342_HS1-416511228_319.1 Flying Discs 1949
Agency: Department of War
Incident date: 1/9/50
Page 114
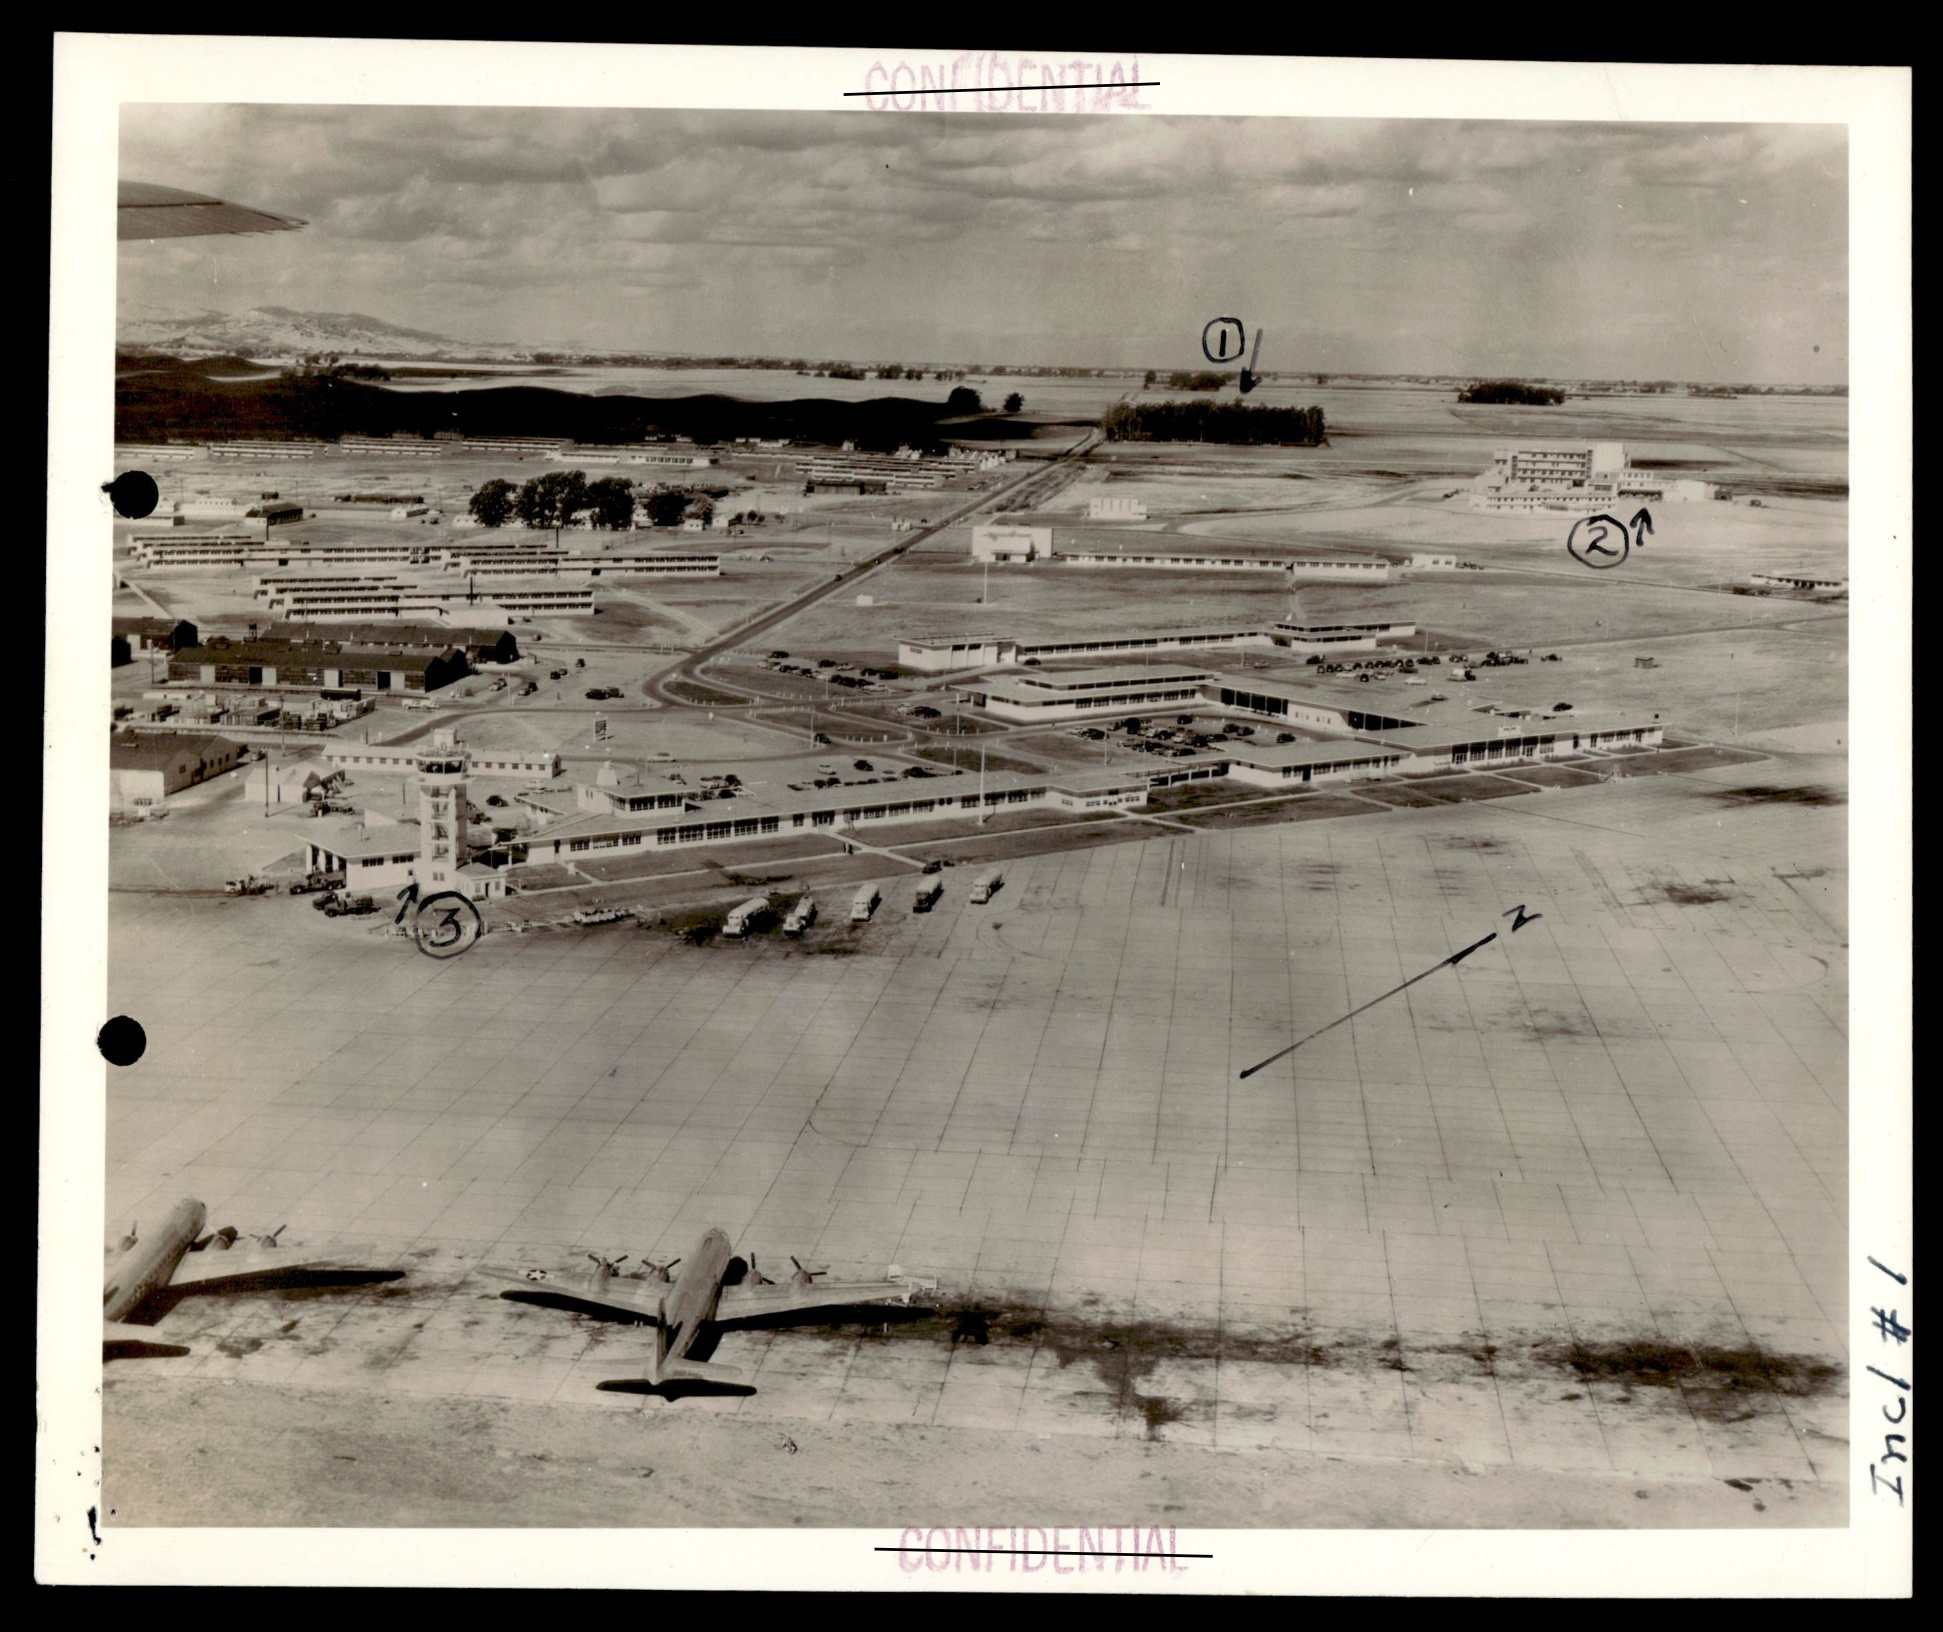